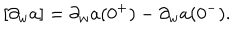
[ \partial _ { w } a ] = \partial _ { w } a ( 0 ^ { + } ) - \partial _ { w } a ( 0 ^ { - } ) .